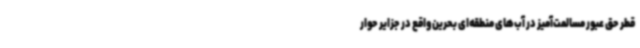
قطر حق عبور مسالمت‌آمیز در آب‌های منطقه‌ای بحرین واقع در جزایر حوار